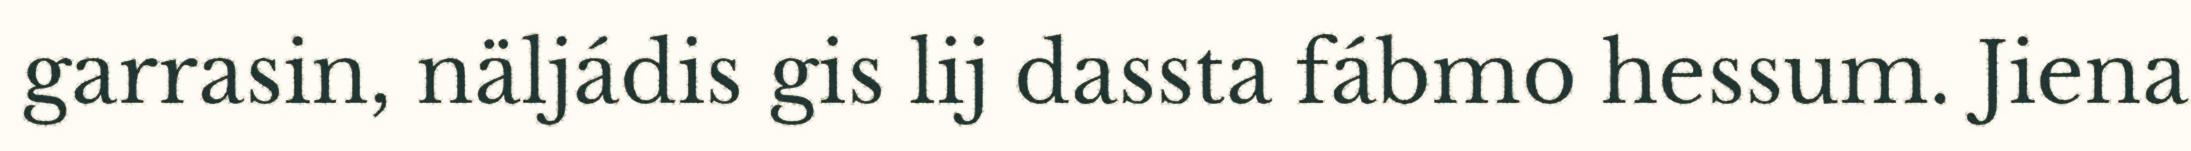
garrasin, näljádis gis lij dassta fábmo hessum. Jiena